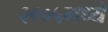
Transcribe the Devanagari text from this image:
२९०५मध्ये